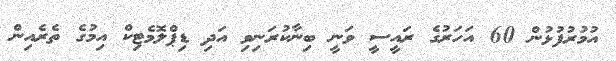
އުމުރުފުޅުން 60 އަހަރުގެ ރައީސީ ވަނީ ބިނާކުރަނިވި އަދި ޑިޕްލޮމެޓިކް އިމުގެ ތެރެއިން